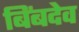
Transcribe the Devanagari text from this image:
बिंबदेव